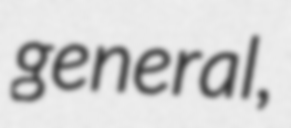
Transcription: general,